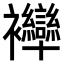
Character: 𧟗